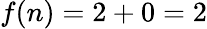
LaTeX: f(n)=2+0=2